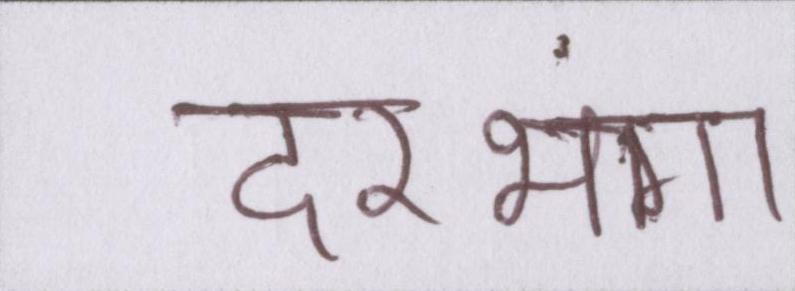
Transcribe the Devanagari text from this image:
दरभंगा